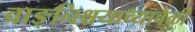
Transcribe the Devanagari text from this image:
वाङ्‌निश्चयाच्यावेळी